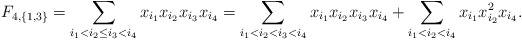
\begin{align*}F_{4,\{1,3\}}=\sum_{i_1<i_2\leq i_3<i_4} x_{i_1}x_{i_2}x_{i_3}x_{i_4}=\sum\limits_{i_1<i_2< i_3<i_4} x_{i_1}x_{i_2}x_{i_3}x_{i_4}+\sum_{i_1<i_2<i_4} x_{i_1}x_{i_2}^2x_{i_4}.\end{align*}